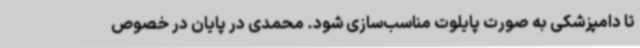
تا دامپزشکی به صورت پایلوت مناسب‌سازی شود. محمدی در پایان در خصوص